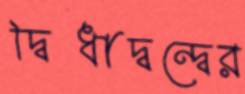
দ্বিধাদ্বন্দ্বের